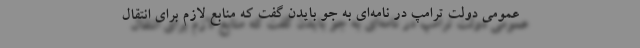
عمومی دولت ترامپ در نامه‌ای به جو بایدن گفت که منابع لازم برای انتقال